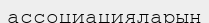
ассоциацияларын